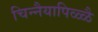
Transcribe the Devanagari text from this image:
चिन्नैयापिळ्ळै